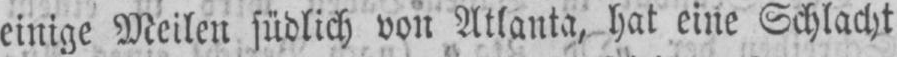
einige Meilen südlich von Atlanta, hat eine Schlacht